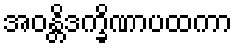
အဝန္တိဒက္ခိဏာပထကာ